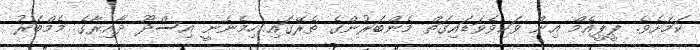
ކަމަށެވެ. ޕީޕީއެމް އިން ވަކިވެވަޑައިގަތް މެންބަރުންގެ ތެރޭގައި ހިމެނެނީ އިސްދޫ ދާއިރާގެ މެމްބަރު